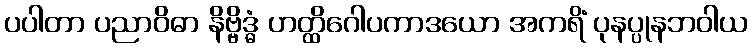
ပပါတာ ပညာဝိဓာ နိဗ္ဗိဒ္ဓံ ဟတ္ထိဂေါပကာဒယော အကရိံ ပုနပ္ပုနဘဝါယ